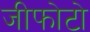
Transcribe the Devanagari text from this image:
जीफोटो